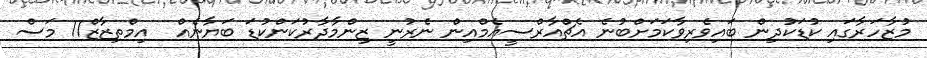
މުޒާހަރާގައި ކުޑަކުދިން ބައިވެރިވާކަމަށްބުނެ އެޗްއާރްސީއެމްއިން ނެރުނީ ޒިންމާދާރުކަންކުޑަ ބަޔާނެއް  އިމްތިޒާޒް11 މަސް